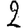
Digit: 2